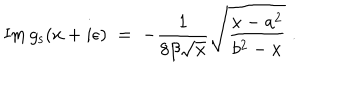
LaTeX: \mathrm { I m } \, g _ { \mathrm { s } } ( x + i \epsilon ) \; = \; - { \frac { 1 } { 8 \beta \sqrt { x } } } \sqrt { { \frac { x - a ^ { 2 } } { b ^ { 2 } - x } } } \; .